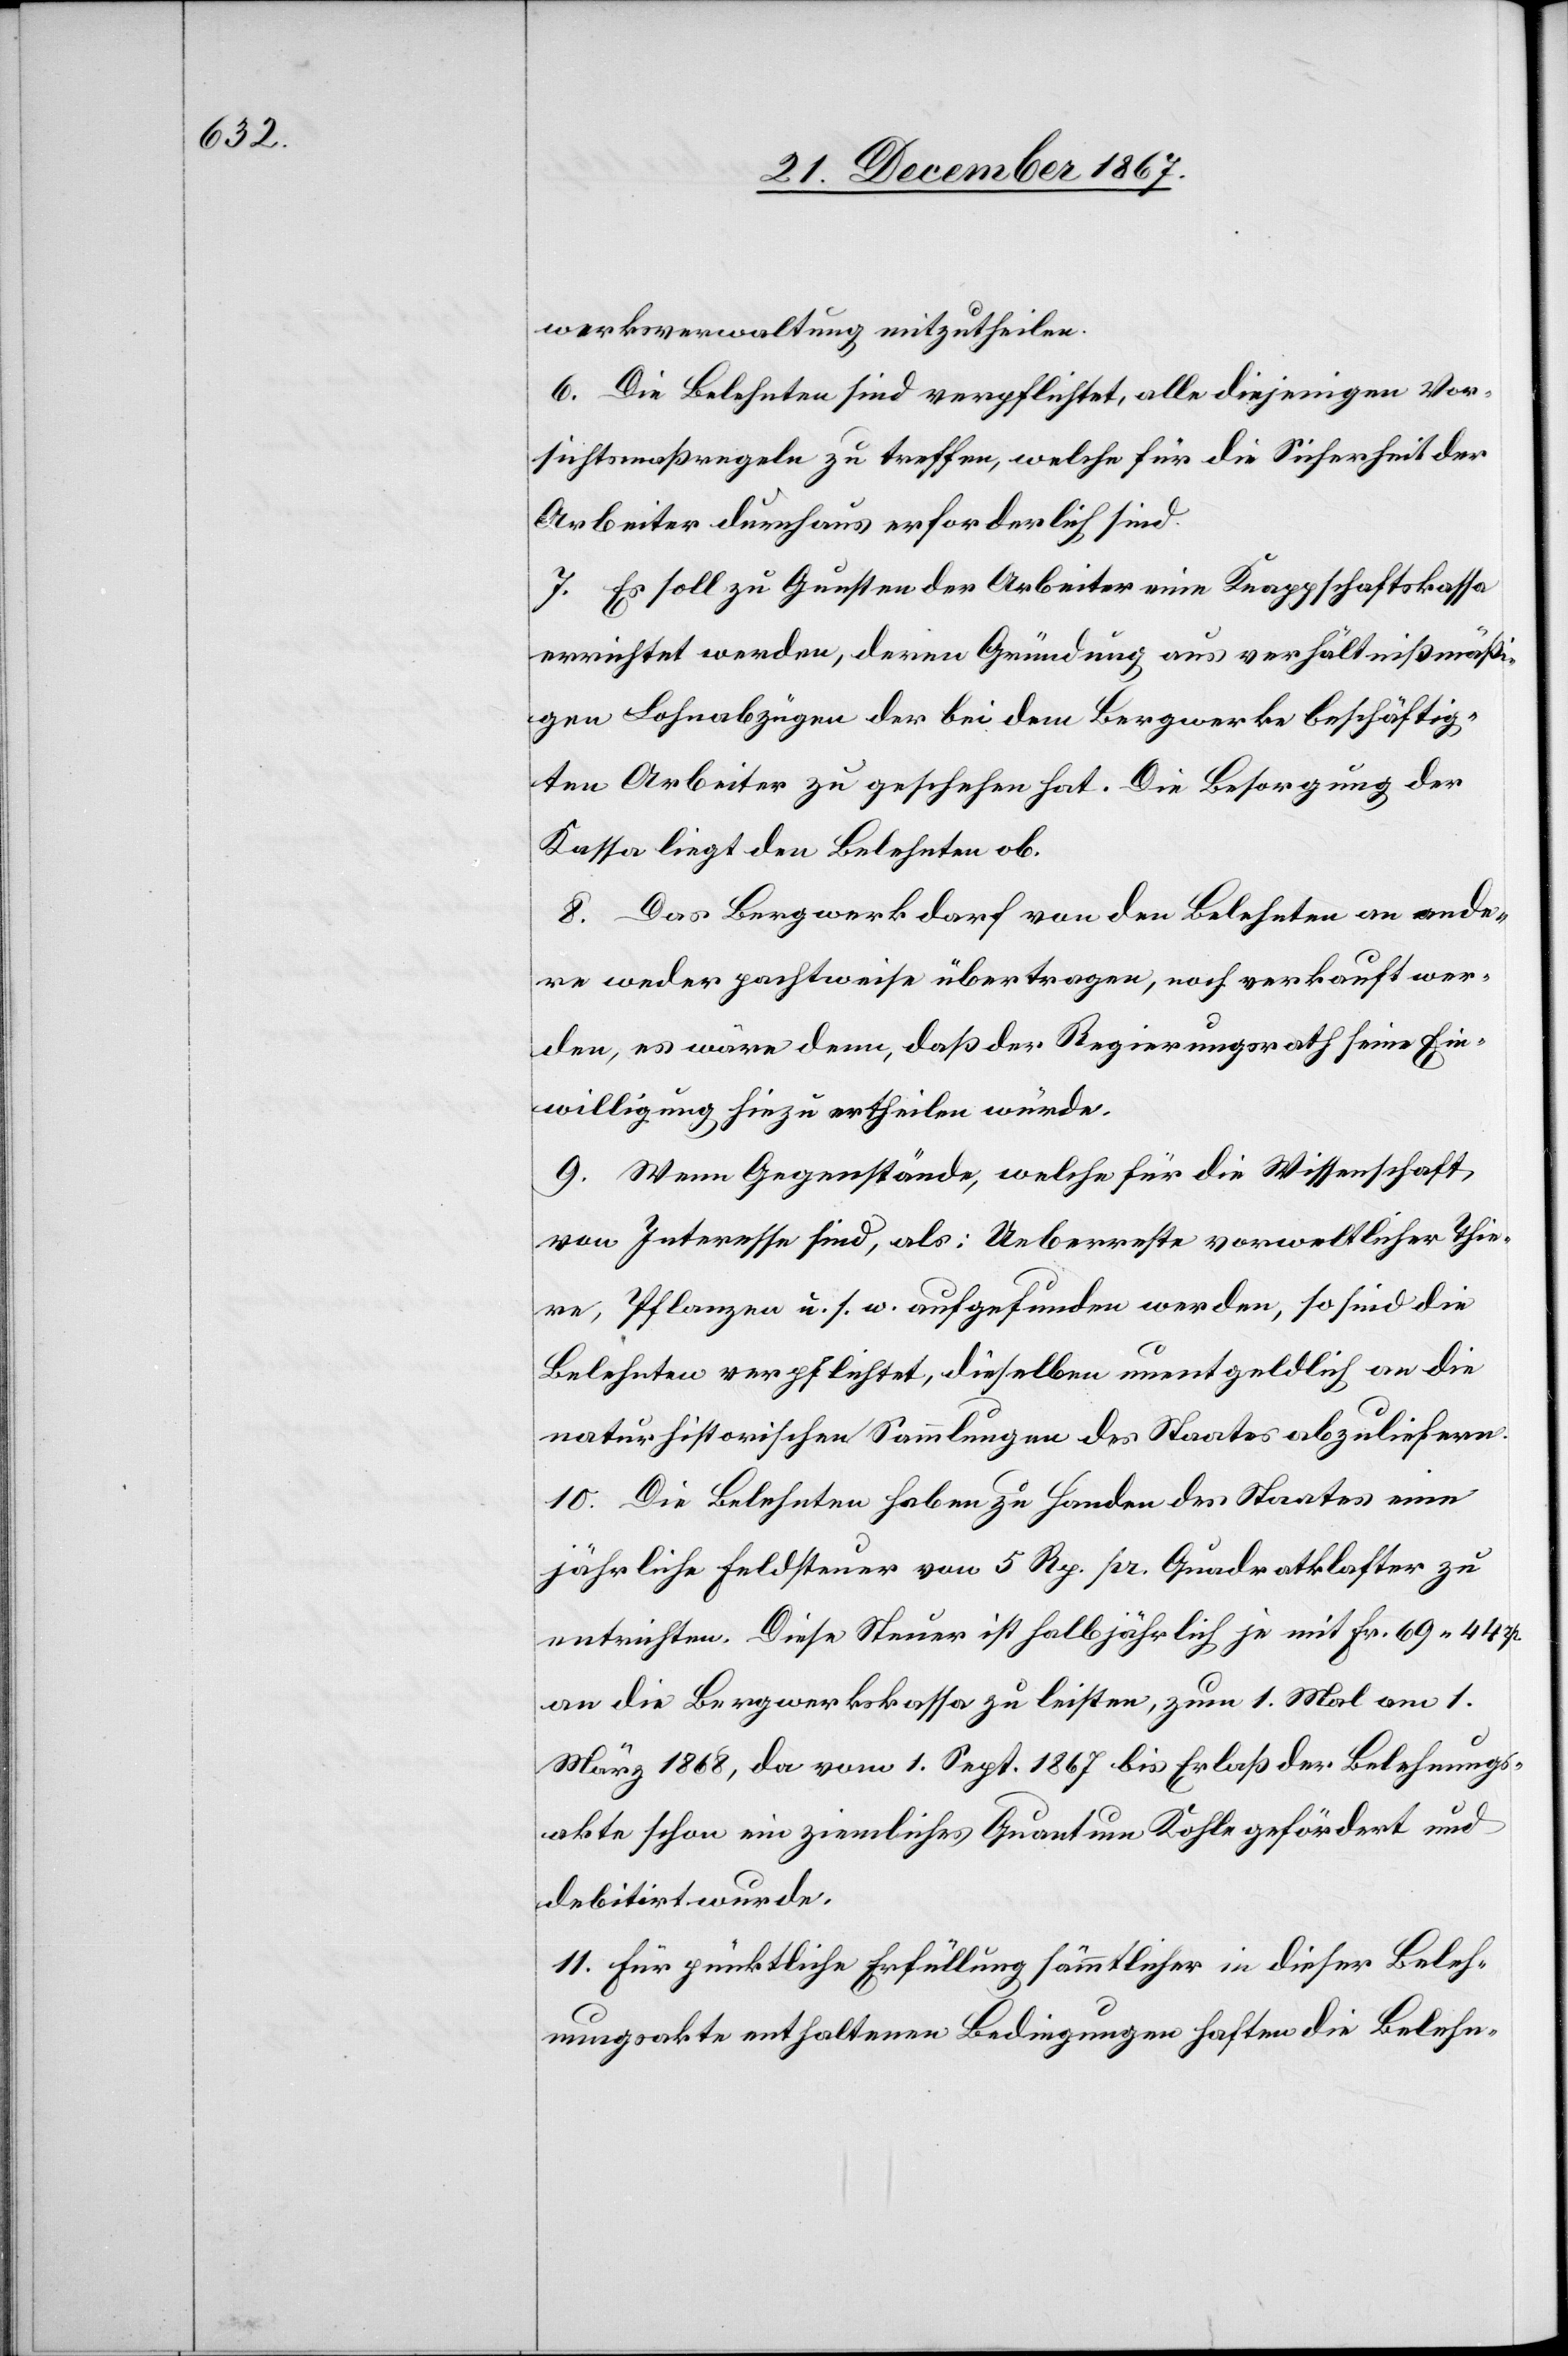
werksverwaltung mitzutheilen.
6. Die Belehnten sind verpflichtet, alle diejenigen Vor¬
sichtsmaßregeln zu treffen, welche für die Sicherheit der
Arbeiten durchaus erforderlich sind.
7. Es soll zu Gunsten der Arbeiten eine Knappschaftskassa
errichtet werden, deren Gründung aus verhältnißmäßi¬
gen Lohnabzügen der bei dem Bergwerke beschäftig¬
ten Arbeiter zu geschehen hat. Die Besorgung der
Kassa liegt den Belehnten ob.
8. Das Bergwerk darf von den Belehnten an ande¬
re weder pachtweise übertragen, noch verkauft wer¬
den, es wäre denn, daß der Regierungsrath seine Ein¬
willigung hiezu ertheilen würde.
9. Wenn Gegenstände, welche für die Wissenschaft
von Interesse sind, als: Ueberreste vorweltlicher Thie¬
re, Pflanzen u. s. w. aufgefunden werden, so sind die
Belehnten verpflichtet, dieselben unentgeldlich an die
naturhistorischen Sammlungen des Staates abzuliefern.
10. Die Belehnten haben zu Handen des Staates eine
jährliche Feldsteuer von 5 Rp. pr. Quadratklafter zu
entrichten. Diese Steuer ist halbjährlich je mit Frk. 69.44
an die Bergwerkskassa zu leisten, zum 1. Mal am 1.
März 1868, da vom 1. Sept. 1867 bis Erlaß der Belehnungs¬
akte schon ein ziemliches Quantum Kohle gefördert und
debitirt wurde.
11. Für pünktliche Erfüllung sämmtlicher in dieser Beleh¬
nungsakte enthaltenen Bedingungen haften die Belehn-